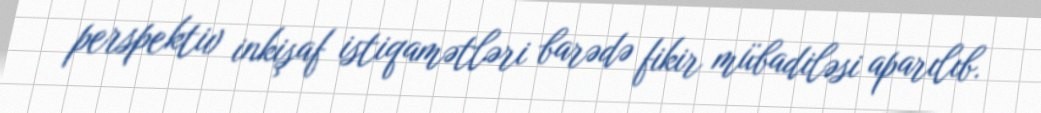
perspektiv inkişaf istiqamətləri barədə fikir mübadiləsi aparılıb.